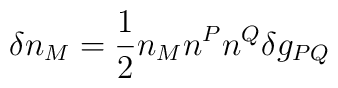
\delta n_{M}=\frac{1}{2}n_{M}n^{P}n^{Q}\delta g_{PQ}